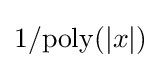
1/\mathrm {poly} (|x|)